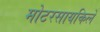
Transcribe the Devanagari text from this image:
मोटरसायकिलें